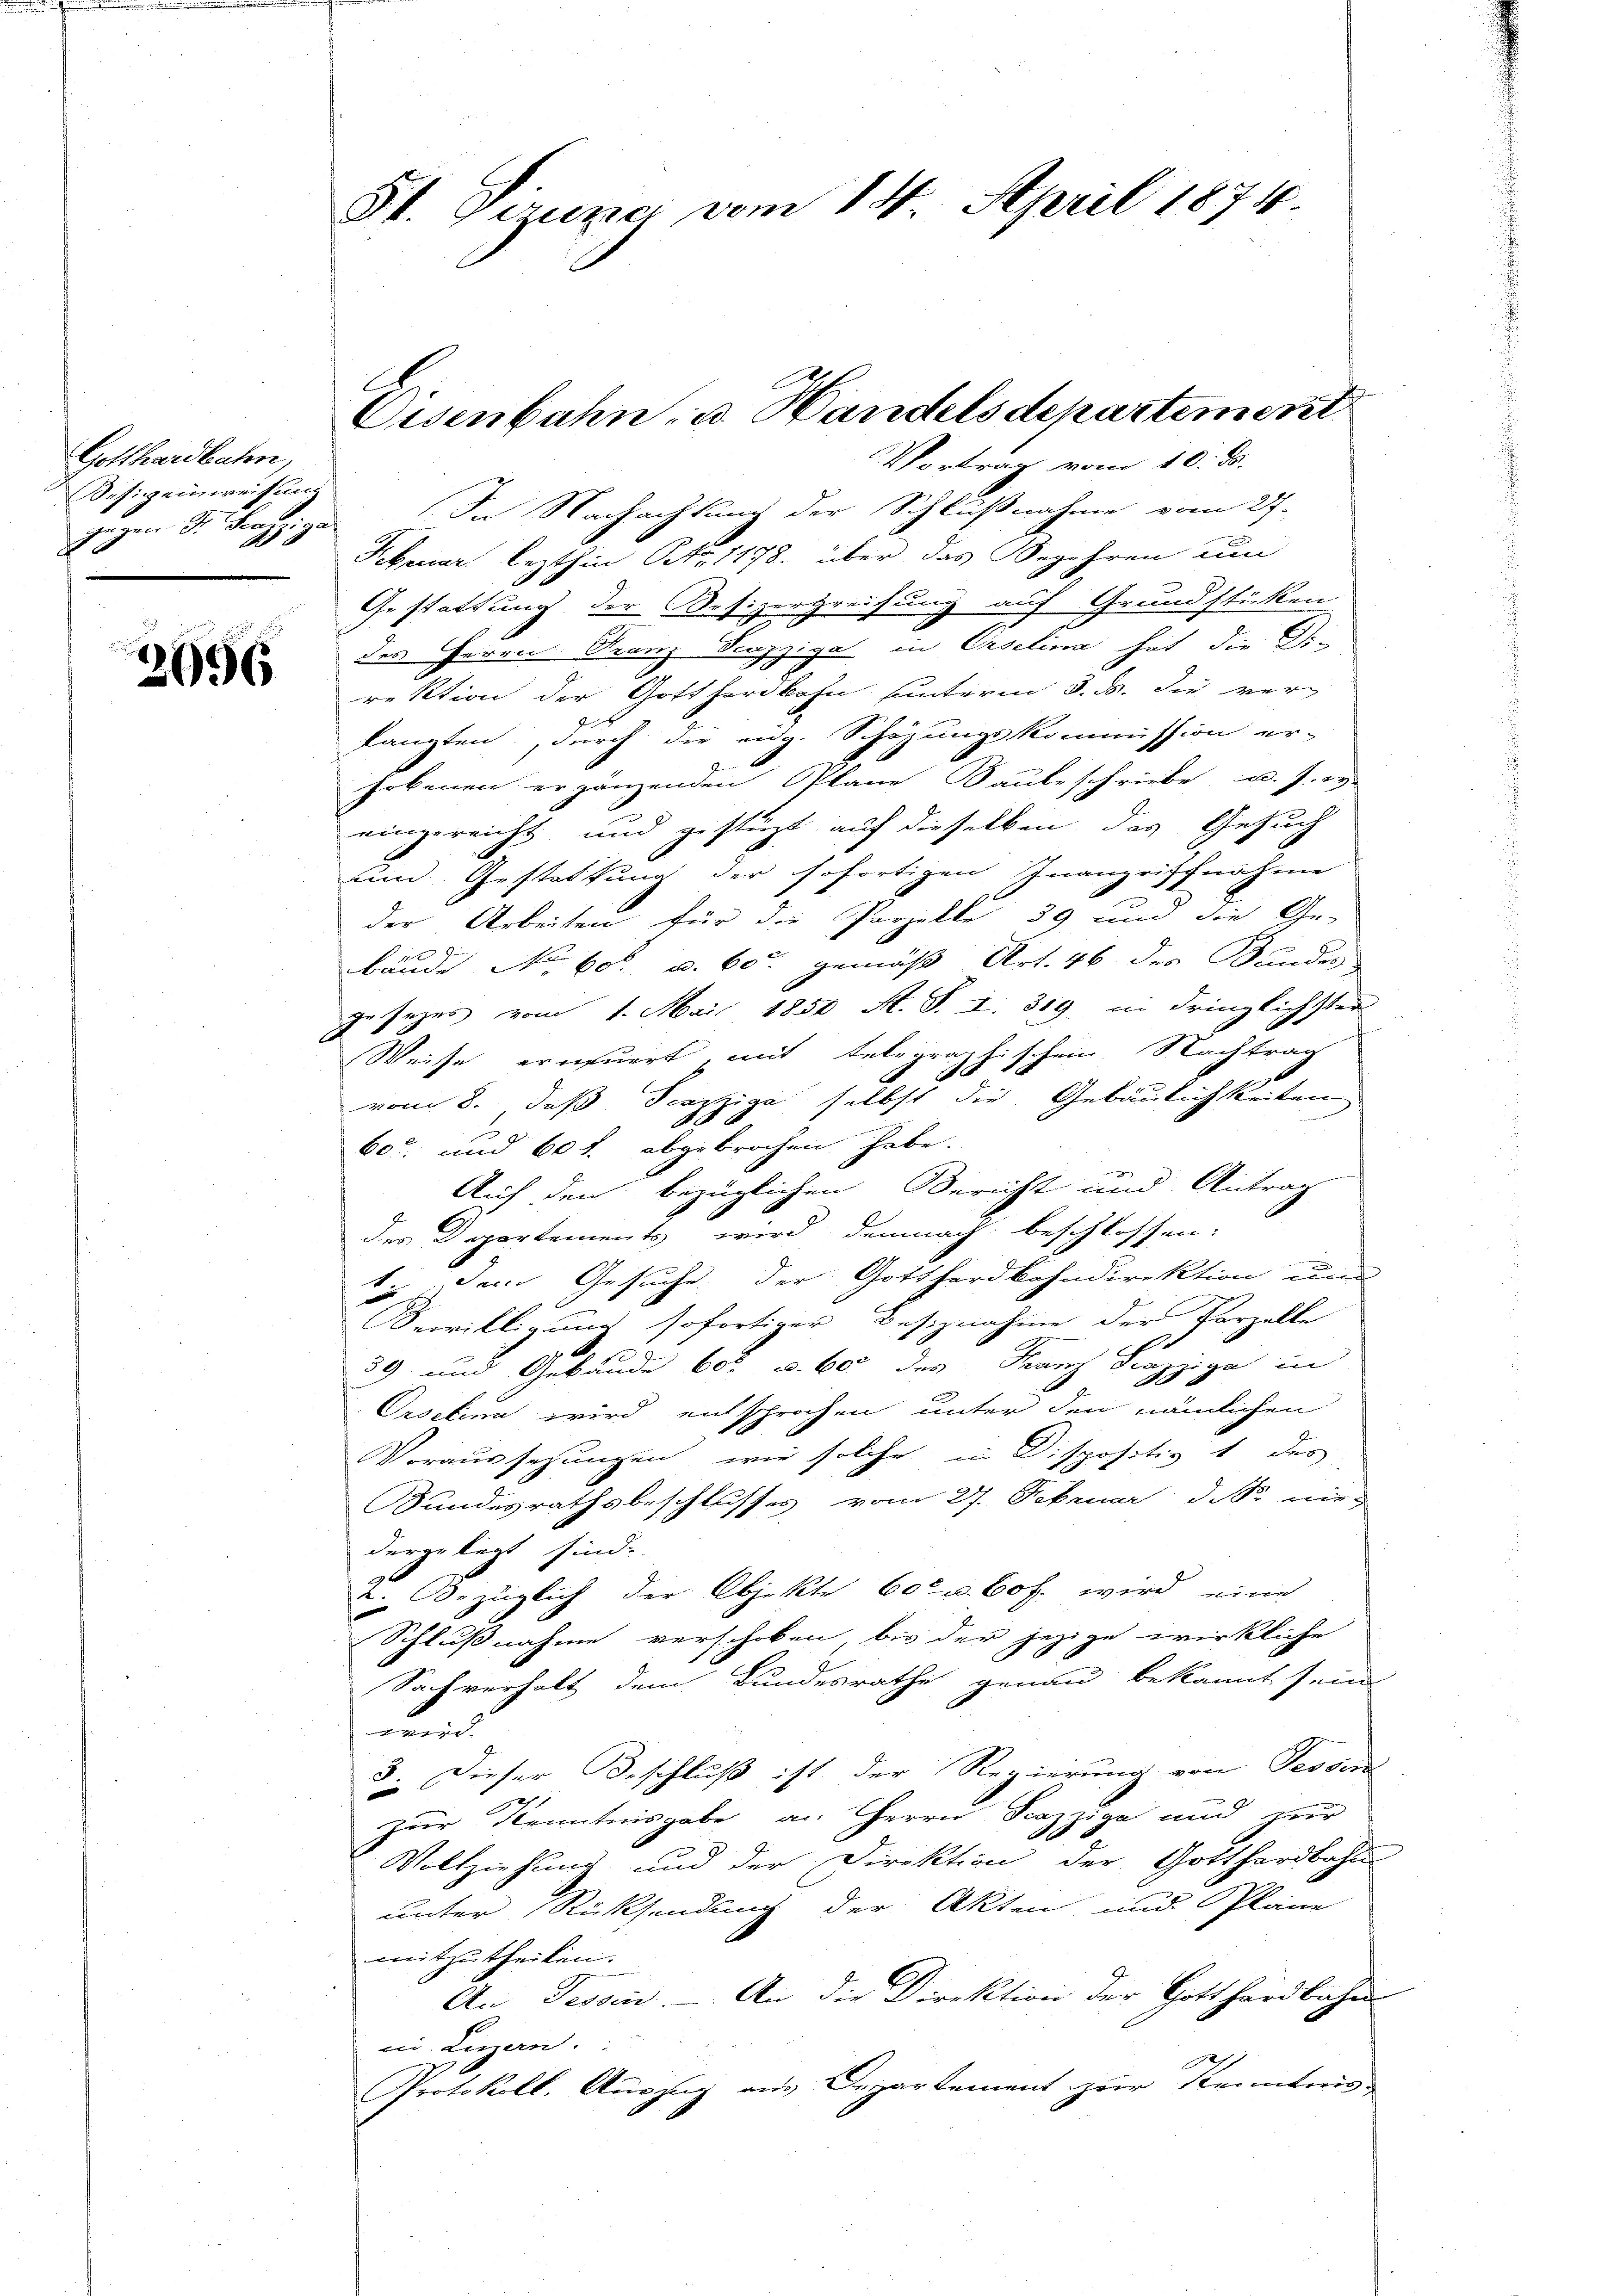
Gotthardbahn,
esigen weisung
gegen Dr. Franziger
2

2096

St. Gezuzier vom 14. April 1874

In Nachachtung der Schlußnahme vom 27.
Februar lezthin Otto. 1178. über das Begehren um
Gestattung der Besizergreisung auf Grundstücken
des Herrn Franz Seuzziga in Oselina hat die Di-
rektion der Gotthardbahn unterm 3. ds. die verlangten, durch die eidg. Schazungskommission er-
hobenen ergänzenden Plane Raubeschriebe u. s. w.
eingereicht und gestürzt auf dieselben das Gesuch
und. Gestattung der sofortigen Inangriffnahme
der Arbeiten für die Parzelle 39 und die Ge-
bäude No. 60 u. 60 gemäß Art. 46 der Stundes
gesezes vom 1. Mai 1850 A. S. I. 319 in dringlichster
Weise erneuert, mit telegraphischein. Nachtrag
vom 8. daß Scepzige selbst die Gebäulichkeiten
60. und 60 f. abgebrochen habe.
Auf den bezüglichen Bericht und Antrag
des Departements wird demnach beschlossen:
1. Dem Gesuche der Gotthardbahndirektion einer
Bewilligung sofortiger Besiznahme der Vorzelle
39 und Gebäude 60 u. 600 des Franz Piazzige in
Orselina wird entsprochen unter den nämlichen
Voraussetzungen, wie solche in Dispositiv 1 des
Bundesrathsbeschlusses vom 27. Februar d. M. nie-
dergelegt sind.
u. Bezüglich der Objekte 60 u. 60 f. wird eine
Schlussnahme verschoben, bis der jezige wirkliche
Sachverhalt dem Bundesrathe genau bekannt sein
e
3. Dieser Beschluß ist der Regierung von Tessin
zur Kenntnisgabe an Herrn Scazziga und zur
Vollziehung und der Direktion der Gotthardbahn-
unter Rücksendung der Akten und Pläne
mitzutheilen.
An Tessin. - An die Direktion der Gotthardbahn
in Luzern.
Protokoll. Auszug aus Departement zur Kenntnis

Cisenbahn, u. Handelsdepartement
Vortrag vom 10. ds.